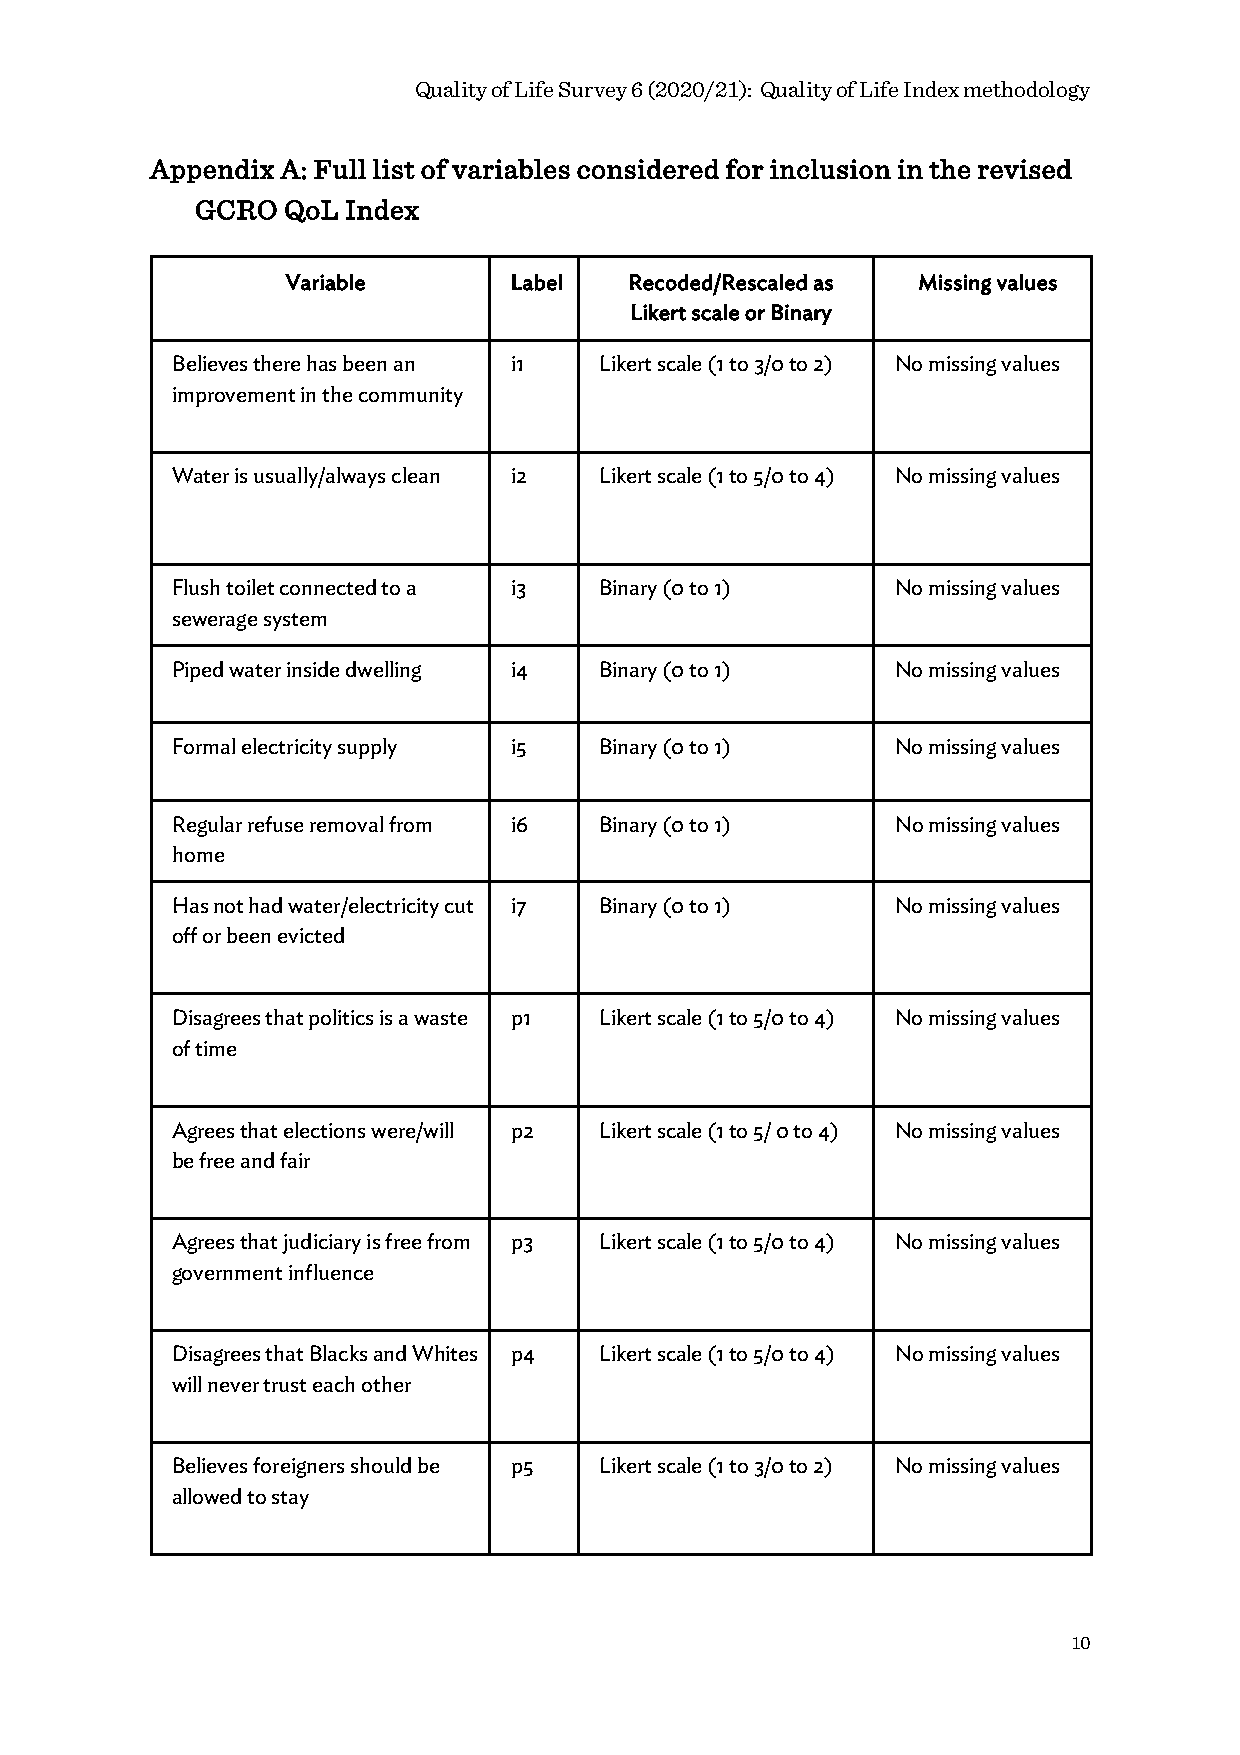
Quality of Life Survey 6 (2020/21): Quality of Life Index methodology
 Appendix A: Full list of variables considered for inclusion in the revised
 GCRO  QoL Index
 Variable       Label   Recoded/Rescaled as Missing values
 Likert scale or Binary
 Believes there has been an i1 Likert scale (1 to 3/0 to 2) No missing values
 improvement in the community
 Water is usually/always clean i2 Likert scale (1 to 5/0 to 4) No missing values
 Flush toilet connected to a i3 Binary (0 to 1)  No missing values
 sewerage system
 Piped water inside dwelling i4 Binary (0 to 1)  No missing values
 Formal electricity supply i5 Binary (0 to 1)    No missing values
 Regular refuse removal from i6 Binary (0 to 1)  No missing values
 home
 Has not had water/electricity cut i7 Binary (0 to 1) No missing values
 off or been evicted
 Disagrees that politics is a waste p1 Likert scale (1 to 5/0 to 4) No missing values
 of time
 Agrees that elections were/will p2 Likert scale (1 to 5/ 0 to 4) No missing values
 be free and fair
 Agrees that judiciary is free from p3 Likert scale (1 to 5/0 to 4) No missing values
 government influence
 Disagrees that Blacks and Whites p4 Likert scale (1 to 5/0 to 4) No missing values
 will never trust each other
 Believes foreigners should be p5 Likert scale (1 to 3/0 to 2) No missing values
 allowed to stay
 10